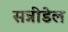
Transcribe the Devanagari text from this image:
सन्नीडेल